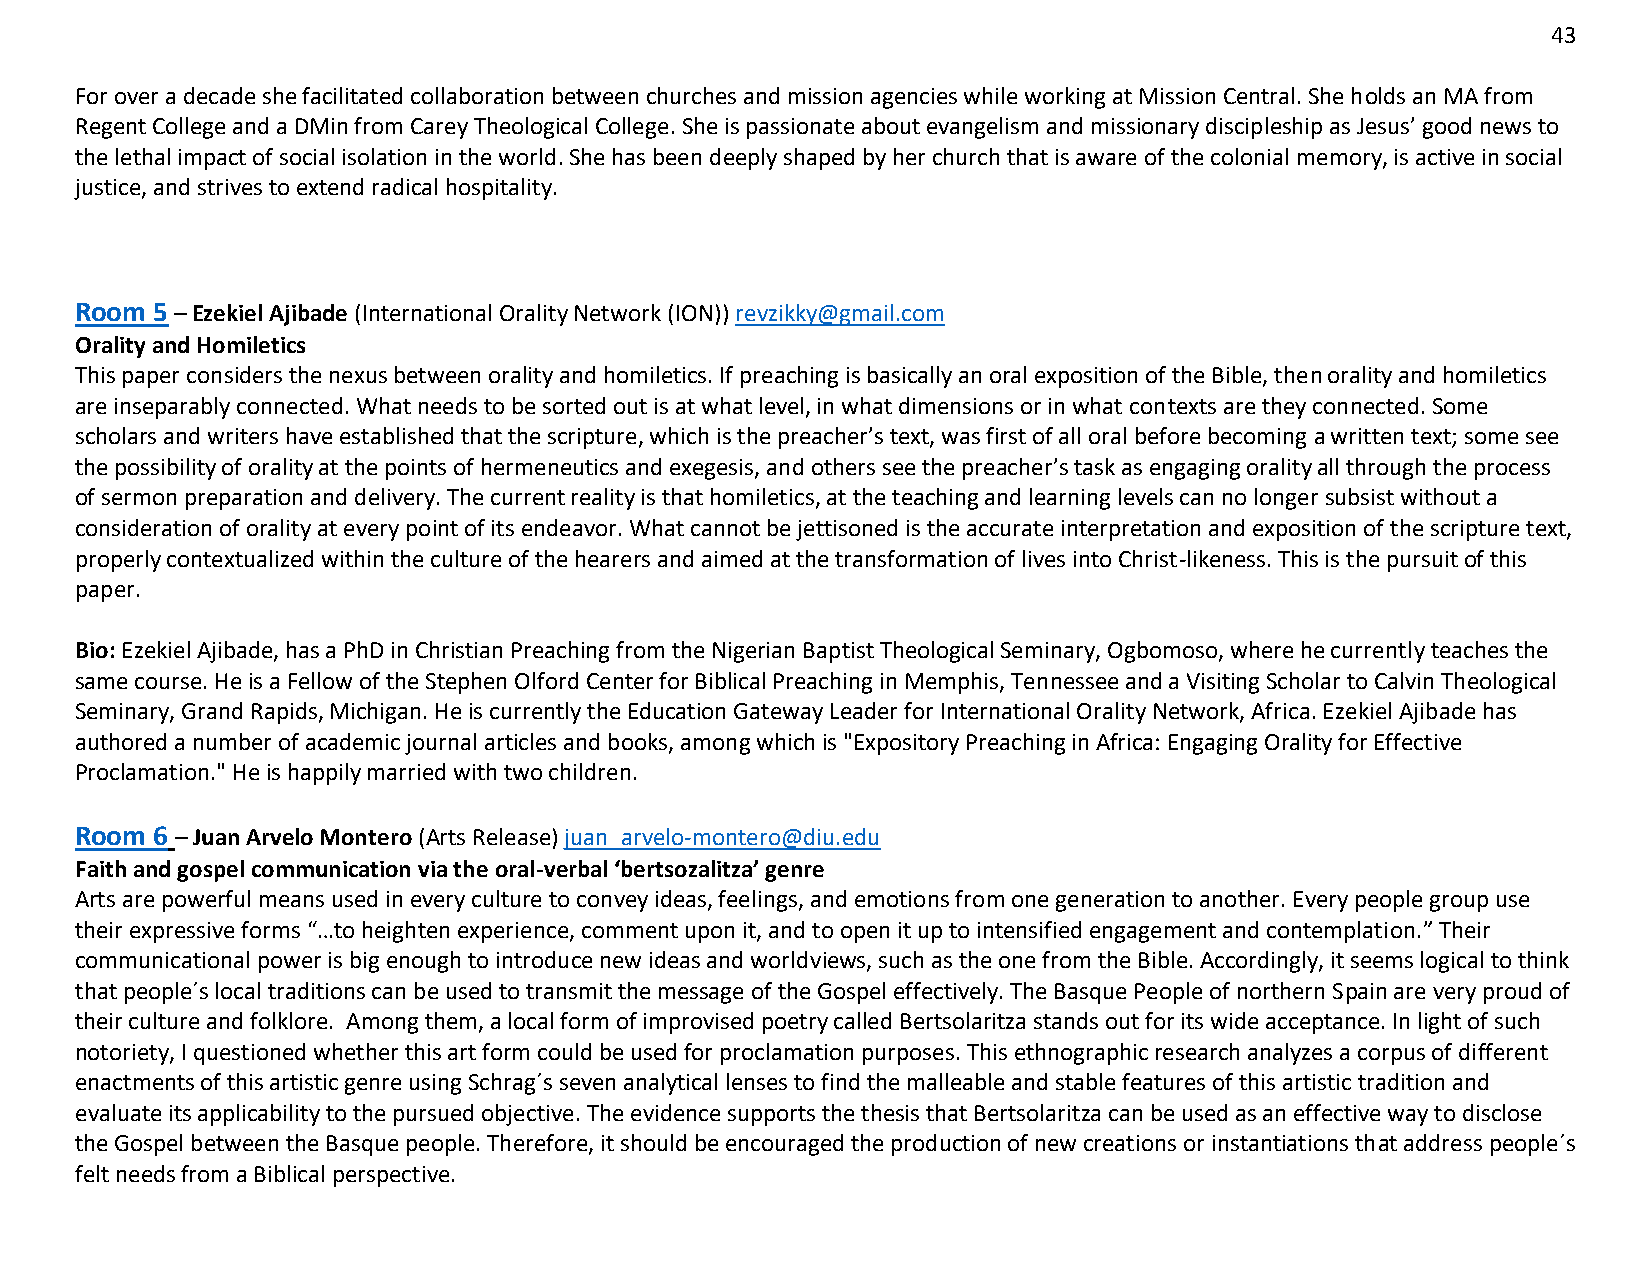
43
 For over a decade she facilitated collaboration between churches and mission agencies while working at Mission Central. She holds an MA from
 Regent College and a DMin from Carey Theological College. She is passionate about evangelism and missionary discipleship as Jesus’ good news to
 the lethal impact of social isolation in the world. She has been deeply shaped by her church that is aware of the colonial memory, is active in social
 justice, and strives to extend radical hospitality.
 Room 5 – Ezekiel Ajibade (International Orality Network (ION)) revzikky@gmail.com
 Orality and Homiletics
 This paper considers the nexus between orality and homiletics. If preaching is basically an oral exposition of the Bible, then orality and homiletics
 are inseparably connected. What needs to be sorted out is at what level, in what dimensions or in what contexts are they connected. Some
 scholars and writers have established that the scripture, which is the preacher’s text, was first of all oral before becoming a written text; some see
 the possibility of orality at the points of hermeneutics and exegesis, and others see the preacher’s task as engaging orality all through the process
 of sermon preparation and delivery. The current reality is that homiletics, at the teaching and learning levels can no longer subsist without a
 consideration of orality at every point of its endeavor. What cannot be jettisoned is the accurate interpretation and exposition of the scripture text,
 properly contextualized within the culture of the hearers and aimed at the transformation of lives into Christ-likeness. This is the pursuit of this
 paper.
 Bio: Ezekiel Ajibade, has a PhD in Christian Preaching from the Nigerian Baptist Theological Seminary, Ogbomoso, where he currently teaches the
 same course. He is a Fellow of the Stephen Olford Center for Biblical Preaching in Memphis, Tennessee and a Visiting Scholar to Calvin Theological
 Seminary, Grand Rapids, Michigan. He is currently the Education Gateway Leader for International Orality Network, Africa. Ezekiel Ajibade has
 authored a number of academic journal articles and books, among which is "Expository Preaching in Africa: Engaging Orality for Effective
 Proclamation." He is happily married with two children.
 Room 6 – Juan Arvelo Montero (Arts Release) juan_arvelo-montero@diu.edu
 Faith and gospel communication via the oral-verbal ‘bertsozalitza’ genre
 Arts are powerful means used in every culture to convey ideas, feelings, and emotions from one generation to another. Every people group use
 their expressive forms “…to heighten experience, comment upon it, and to open it up to intensified engagement and contemplation.” Their
 communicational power is big enough to introduce new ideas and worldviews, such as the one from the Bible. Accordingly, it seems logical to think
 that people´s local traditions can be used to transmit the message of the Gospel effectively. The Basque People of northern Spain are very proud of
 their culture and folklore. Among them, a local form of improvised poetry called Bertsolaritza stands out for its wide acceptance. In light of such
 notoriety, I questioned whether this art form could be used for proclamation purposes. This ethnographic research analyzes a corpus of different
 enactments of this artistic genre using Schrag´s seven analytical lenses to find the malleable and stable features of this artistic tradition and
 evaluate its applicability to the pursued objective. The evidence supports the thesis that Bertsolaritza can be used as an effective way to disclose
 the Gospel between the Basque people. Therefore, it should be encouraged the production of new creations or instantiations that address people´s
 felt needs from a Biblical perspective.